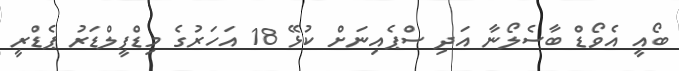
ބޯއީ އެވޯޑް ބާސެލޯނާ އަދި ސްޕެއިނަށް ކުޅޭ 18 އަހަރުގެ މިޑްފީލްޑަރު ޕެޑްރީ